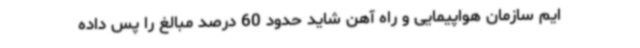
ایم سازمان هواپیمایی و راه آهن شاید حدود 60 درصد مبالغ را پس داده